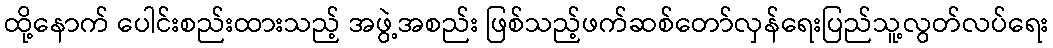
ထို့နောက် ပေါင်းစည်းထားသည့် အဖွဲ့အစည်း ဖြစ်သည့်ဖက်ဆစ်တော်လှန်ရေးပြည်သူ့လွတ်လပ်ရေး